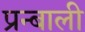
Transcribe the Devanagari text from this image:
प्रन्बाली